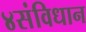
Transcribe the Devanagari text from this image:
४संविधान